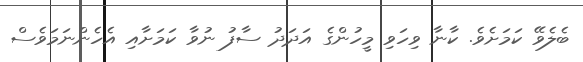
ބެލެވޭ ކަމަށެވެ. ކާނާ ވިހަވި މީހުންގެ އަދަދު ސާފު ނުވާ ކަމަށާއި އެހެންނަމަވެސް